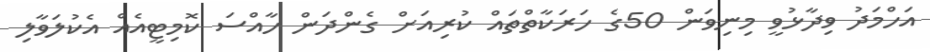
އަހްމަދު ވިދާޅުވީ މިނިވަން 50ގެ ހަރަކާތްތައް ކުރިއަށް ގެންދަން ހާއްސަ ކޮމިޓީއެއް އެކުލަވާލި